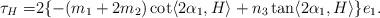
LaTeX: \begin{align*}\tau_{H}=&2\{-(m_{1}+2m_{2})\cot \langle 2\alpha_{1}, H\rangle + n_{3}\tan \langle 2\alpha_{1}, H\rangle \} e_{1}.\end{align*}